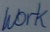
Text: work